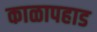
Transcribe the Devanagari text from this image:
काळापहाड